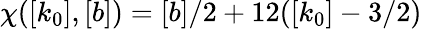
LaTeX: \chi([k_{0}],[b])=[b]/2+12([k_{0}]-3/2)